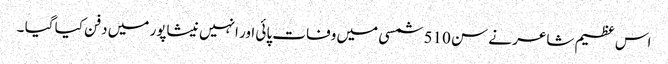
اس عظیم شاعر نے سن 510 شمسی میں وفات پائی اور انہیں نیشاپور میں دفن کیا گیا ۔